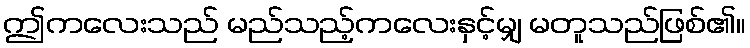
ဤကလေးသည် မည်သည့်ကလေးနှင့်မျှ မတူသည်ဖြစ်၏။